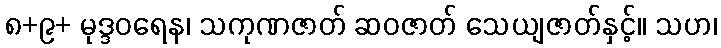
၈+၉+ မုဒ္ဒဝရေန၊ သကုဏဇာတ် ဆဝဇာတ် သေယျဇာတ်နှင့်။ သဟ၊